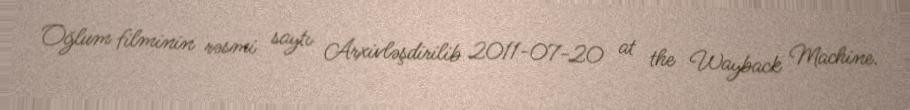
Oğlum filminin rəsmi saytı Arxivləşdirilib 2011-07-20 at the Wayback Machine.